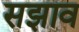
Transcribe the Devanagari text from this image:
सझाव